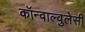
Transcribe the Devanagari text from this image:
कॉन्वाल्वुलेसी